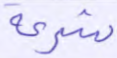
شرعة